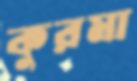
কুরমা